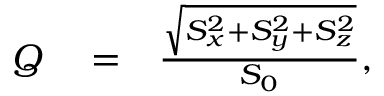
\begin{array} { r l r } { Q } & { { } = } & { \frac { \sqrt { S _ { x } ^ { 2 } + S _ { y } ^ { 2 } + S _ { z } ^ { 2 } } } { S _ { 0 } } , } \end{array}